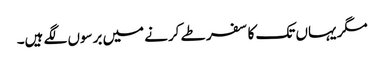
مگر یہاں تک کا سفر طے کرنے میں برسوں لگے ہیں۔